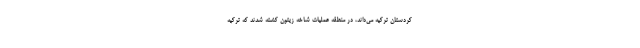
کردستان ترکیه می‌داند، در منطقه عملیات شاخه زیتون کشته شدند که ترکیه